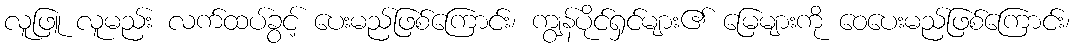
လူဖြူ လူမည်း လက်ထပ်ခွင့် ပေးမည်ဖြစ်ကြောင်း၊ ကျွန်ပိုင်ရှင်များ၏ မြေများကို ဝေပေးမည်ဖြစ်ကြောင်း၊